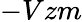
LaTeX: -Vzm